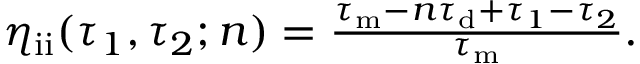
\begin{array} { r } { \eta _ { \mathrm { i i } } ( \tau _ { 1 } , \tau _ { 2 } ; n ) = \frac { \tau _ { \mathrm { m } } - n \tau _ { \mathrm { d } } + \tau _ { 1 } - \tau _ { 2 } } { \tau _ { \mathrm { m } } } . } \end{array}